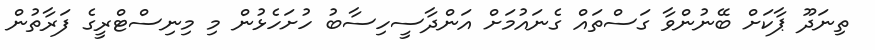
ތިނަދޫ ޕާކަށް ބޭނުންވާ ގަސްތައް ގެނައުމަށް އަންދާސީހިސާބު ހުށަހެޅުން މި މިނިސްޓްރީގެ ފަރާތުން